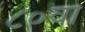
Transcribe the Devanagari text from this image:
८०वा